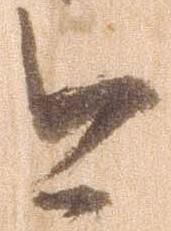
今